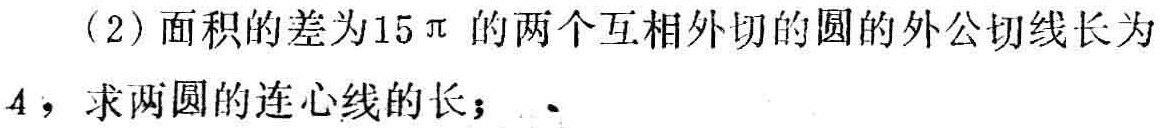
(2)面积的差为\(15\pi\)的两个互相外切的圆的外公切线长为\(4\)，求两圆的连心线的长；